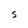
Character: S